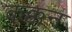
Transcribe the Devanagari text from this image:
कक्कन